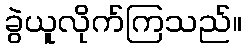
ခွဲယူလိုက်ကြသည်။